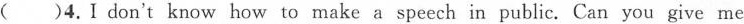
( )4.Idon't know how to make a speech in public. Can you give me